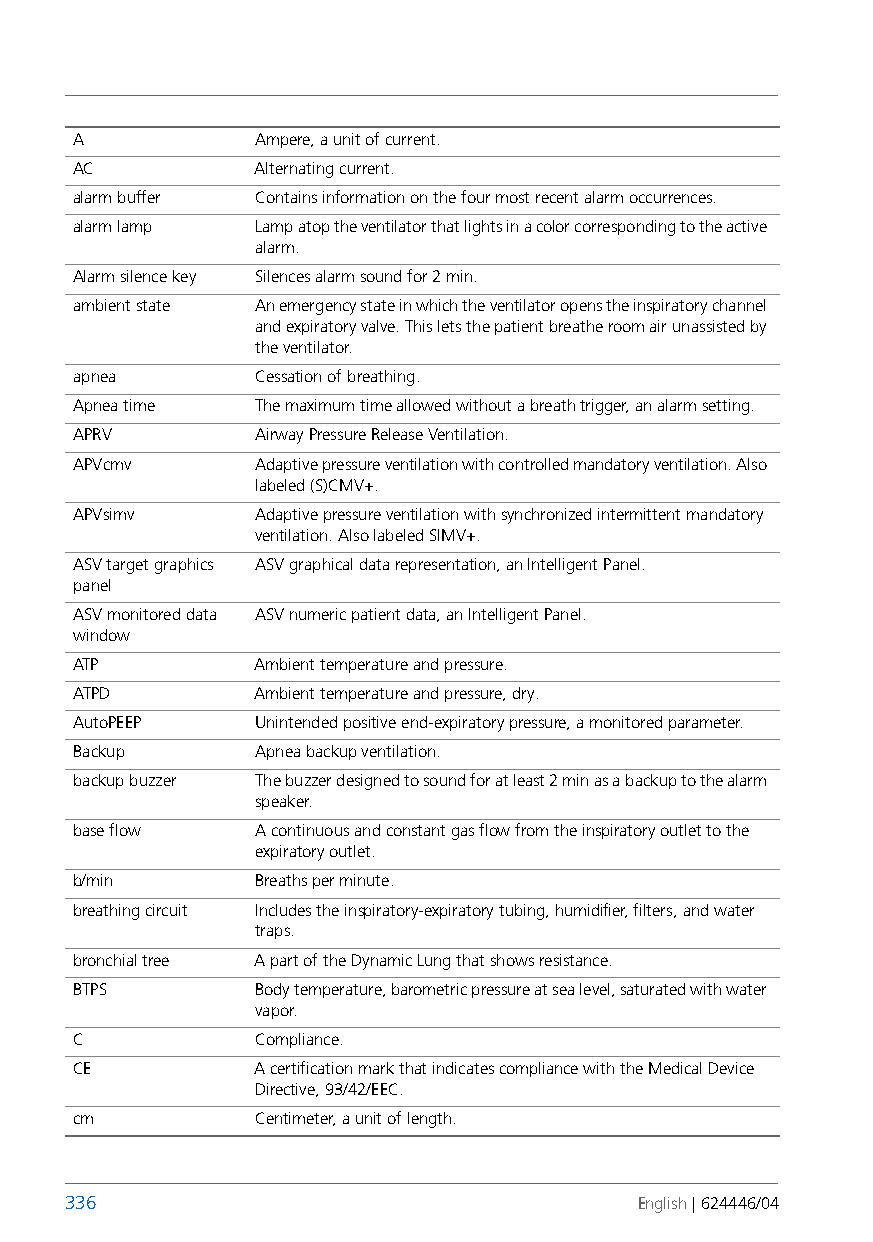
A           Ampere, a unit of current.
 AC          Alternating current.
 alarm buffer Contains information on the four most recent alarm occurrences.
 alarm lamp  Lamp atop the ventilator that lights in a color corresponding to the active
 alarm.
 Alarm silence key Silences alarm sound for 2 min.
 ambient state An emergency state in which the ventilator opens the inspiratory channel
 and expiratory valve. This lets the patient breathe room air unassisted by
 the ventilator.
 apnea       Cessation of breathing.
 Apnea time  The maximum time allowed without a breath trigger, analarm setting.
 APRV        Airway Pressure Release Ventilation.
 APVcmv      Adaptive pressure ventilation with controlled mandatory ventilation. Also
 labeled (S)CMV+.
 APVsimv     Adaptive pressure ventilation with synchronized intermittent mandatory
 ventilation. Also labeled SIMV+.
 ASV target graphics ASV graphical data representation, an Intelligent Panel.
 panel
 ASV monitored data ASV numeric patient data, an Intelligent Panel.
 window
 ATP         Ambient temperature and pressure.
 ATPD        Ambient temperature and pressure, dry.
 AutoPEEP    Unintended positive end-expiratory pressure, a monitored parameter.
 Backup      Apnea backup ventilation.
 backup buzzer The buzzer designed to sound for at least 2 min as abackup to the alarm
 speaker.
 base flow   A continuous and constant gas flow from the inspiratory outlet to the
 expiratory outlet.
 b/min       Breaths per minute.
 breathing circuit Includes the inspiratory-expiratory tubing, humidifier, filters, and water
 traps.
 bronchial tree A part of the Dynamic Lung that shows resistance.
 BTPS        Body temperature, barometric pressure at sea level, saturated with water
 vapor.
 C           Compliance.
 CE          A certification mark that indicates compliance with the Medical Device
 Directive, 93/42/EEC.
 cm          Centimeter, a unit of length.
 336                                   English | 624446/04